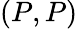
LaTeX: (P,P)